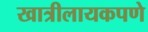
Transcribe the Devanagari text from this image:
खात्रीलायकपणे